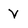
Character: V